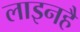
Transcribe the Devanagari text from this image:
लाइनहै